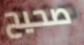
صحيح